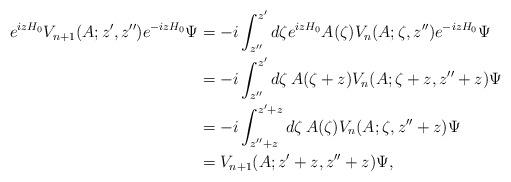
LaTeX: \begin{align*}e^{izH_0} V_{n+1} (A;z',z'') e^{-izH_0} \Psi & = -i \int _{z''} ^{z'} d\zeta e^{izH_0 } A(\zeta ) V_n (A;\zeta , z'') e^{-izH_0} \Psi \\& = -i \int _{z''} ^{z'} d\zeta\, A(\zeta + z) V_n (A;\zeta + z , z'' +z) \Psi \\& = -i \int _{z''+z} ^{z'+z} d\zeta \,A(\zeta ) V_n (A;\zeta , z'' +z) \Psi \\& = V_{n+1} (A;z' +z , z'' +z) \Psi ,\end{align*}